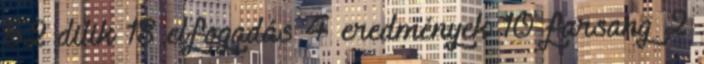
52 dilik 18 elfogadás 4 eredmények 10 farsang 2